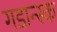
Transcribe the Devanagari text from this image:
गडान्स्क